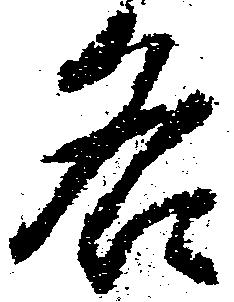
名